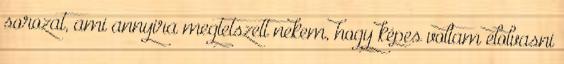
sorozat, ami annyira megtetszett nekem, hogy képes voltam elolvasni